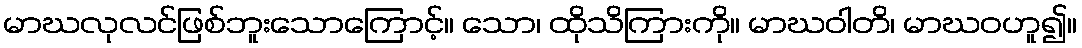
မာဃလုလင်ဖြစ်ဘူးသောကြောင့်။ သော၊ ထိုသိကြားကို။ မာဃဝါတိ၊ မာဃဝဟူ၍။